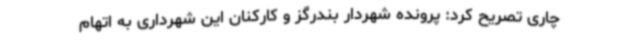
چاری تصریح کرد: پرونده شهردار بندرگز و کارکنان این شهرداری به اتهام